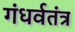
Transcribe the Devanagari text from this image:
गंधर्वतंत्र